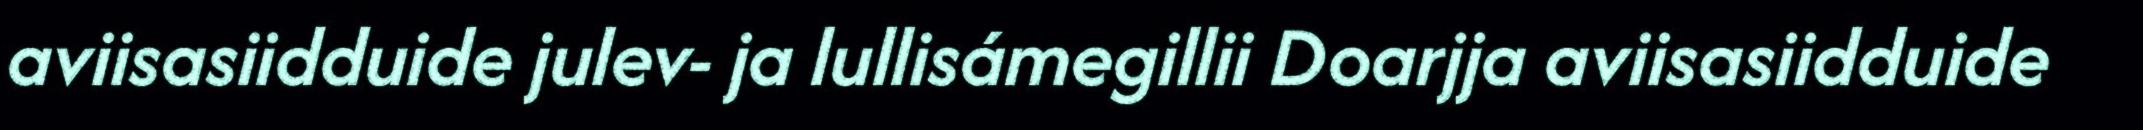
aviisasiidduide julev- ja lullisámegillii Doarjja aviisasiidduide